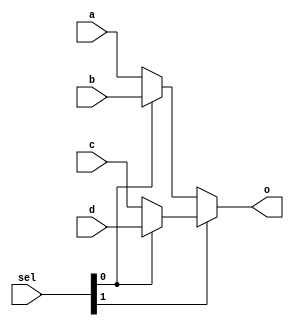
module mux4_16b(
    input [15:0] a,
    input [15:0] b,
    input [15:0] c,
    input [15:0] d,
    input [1:0] sel,
    output [15:0] o
    );

	//00 -> a, 01 -> b, 10 -> c, 11 -> d
	assign o = sel[1] ? (sel[0] ? d : c) : (sel[0] ? b : a);

endmodule